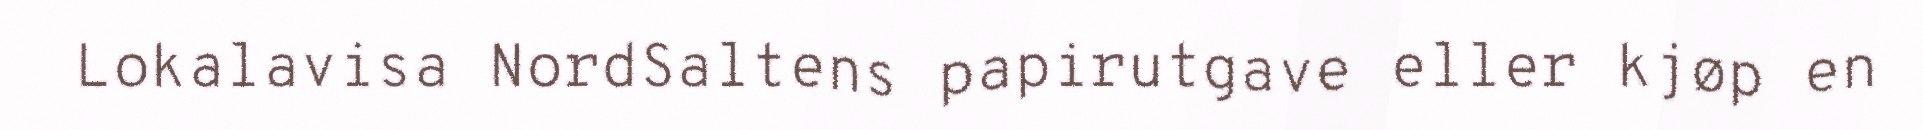
Lokalavisa NordSaltens papirutgave eller kjøp en